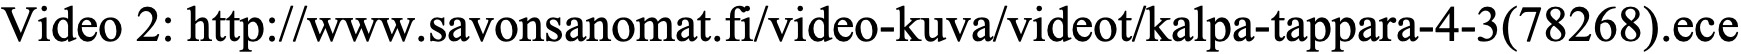
Video 2: http://www.savonsanomat.fi/video-kuva/videot/kalpa-tappara-4-3(78268).ece